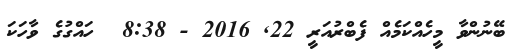
ބޭނުންވާ މީހެއްކަމެއް ފެބްރުއަރީ 22